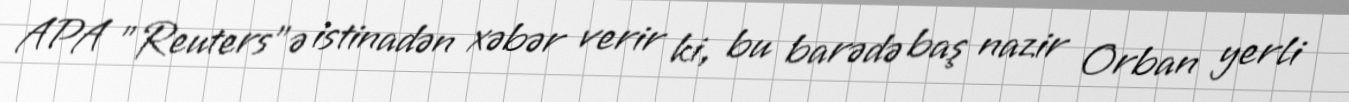
APA "Reuters"ə istinadən xəbər verir ki, bu barədə baş nazir Orban yerli